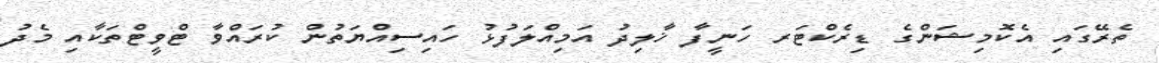
ތެރޭގައި އެކޮމިޝަންގެ ޑިރެކްޓަރ ހަނީފާ ޚާލިދު އަމިއްލަފުޅު ހައިސިއްޔަތުން ކުރައްވާ ޓްވީޓްތަކާއި މެދު